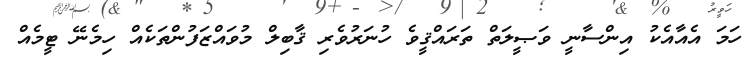
ހަމަ އެއާއެކު އިންސާނީ ވަޞީލަތް ތަރައްޤީވެ ހުނަރުވެރި ޤާބިލް މުވައްޒަފުންތަކެއް ހިމެނޭ ޓީމެއް